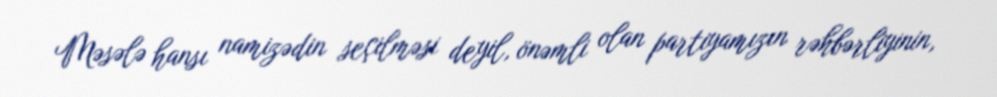
Məsələ hansı namizədin seçilməsi deyil, önəmli olan partiyamızın rəhbərliyinin,